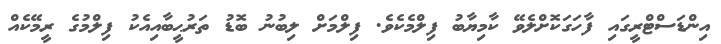
އިންޑަސްޓްރީގައި ފާހަގަކޮށްލެވޭ ކާމިޔާބު ފިލްމެކެވެ. ފިލްމަށް ލިބުނު ބޮޑު ތަރުޙީބާއިއެކު ފިލްމުގެ ރީމޭކެއް